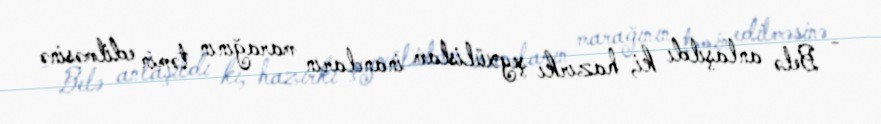
- Belə anlaşıldı ki, hazırkı şeyxülislam inancların marağının təmin edilməsinə